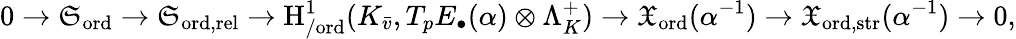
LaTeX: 0\rightarrow\mathfrak{S}_{\mathrm{ord}}\rightarrow\mathfrak{S}_{\mathrm{ord,\mathrm{rel}}}\rightarrow\mathrm{H}_{/\mathrm{ord}}^{1}(K_{\bar{v}},T_{p}E_{\bullet}(\alpha)\otimes\Lambda_{K}^{+})\rightarrow\mathfrak{X}_{\mathrm{ord}}(\alpha^{-1})\rightarrow\mathfrak{X}_{\mathrm{ord,\mathrm{str}}}(\alpha^{-1})\rightarrow 0,